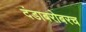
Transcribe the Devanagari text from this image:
दंडाबरोबरच